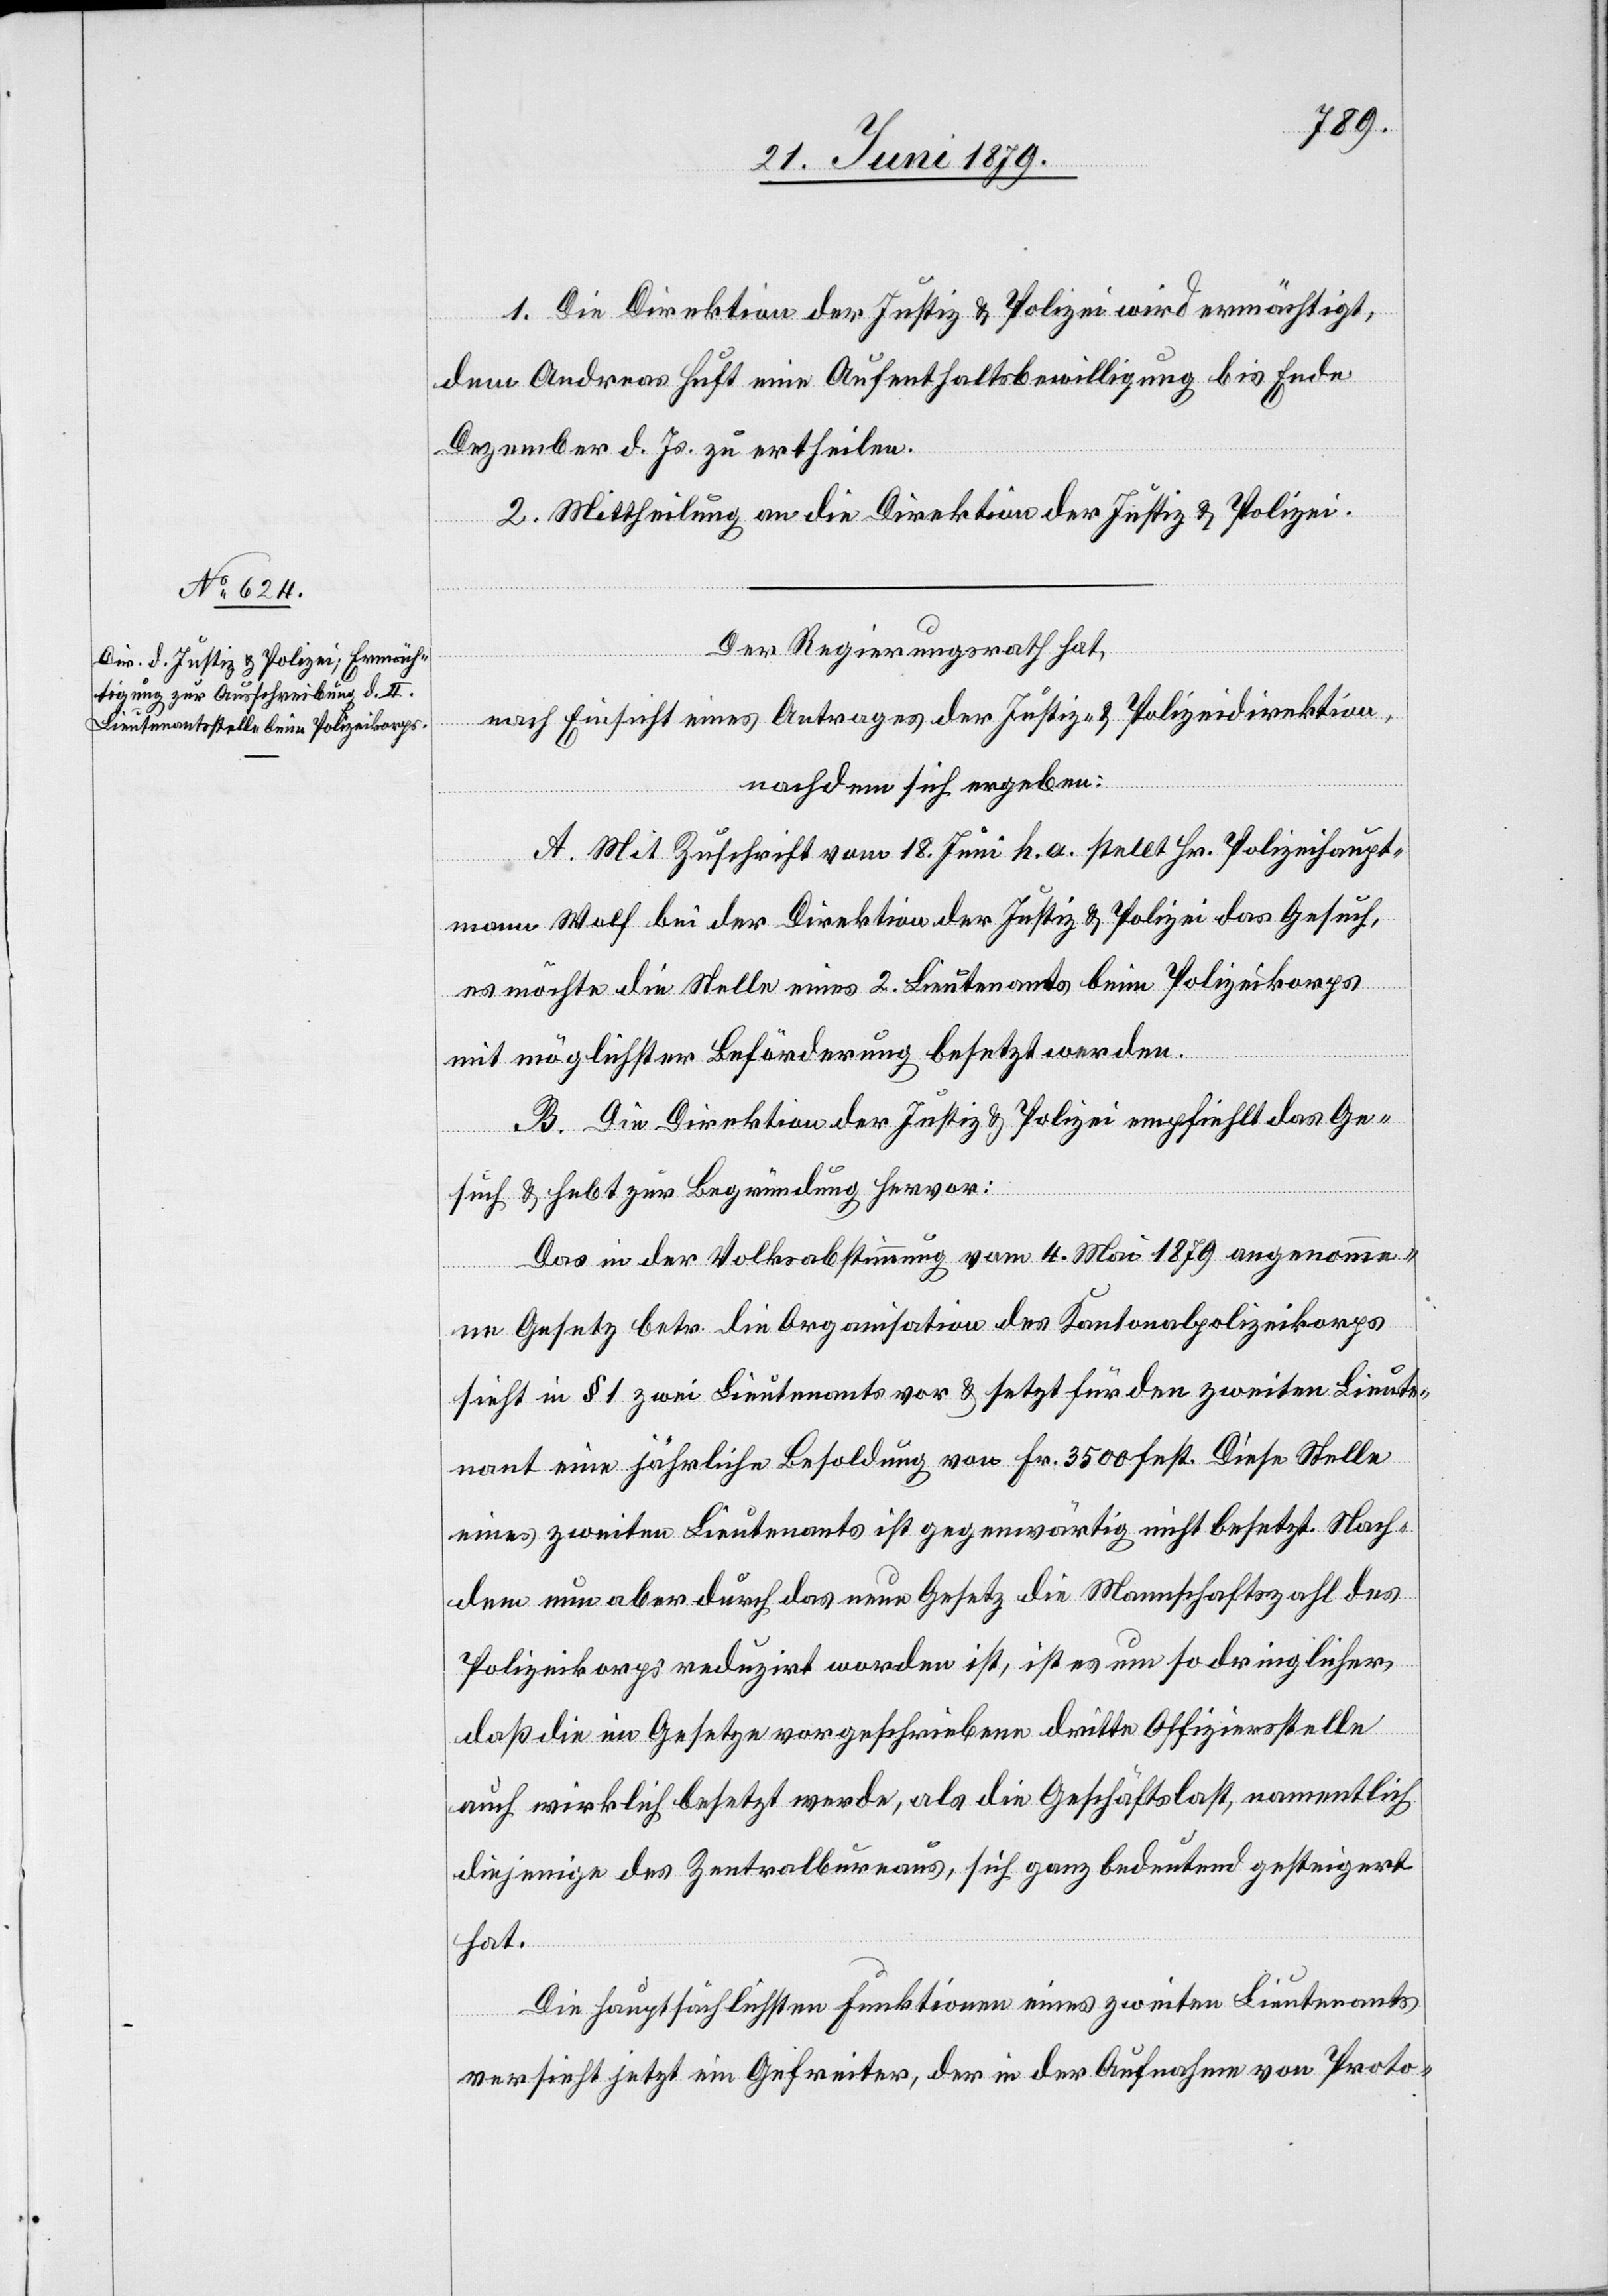
1. Die Direktion der Justiz & Polizei wird ermächtigt,
dem Andreas Huft eine Aufenthaltsbewilligung bis Ende
Dezember d. Js. zu ertheilen.
2. Mittheilung an die Direktion der Justiz & Polizei.
Der Regierungsrath hat,
nach Einsicht eines Antrages der Justiz- & Polizeidirektion,
nachdem sich ergeben:
A. Mit Zuschrift vom 18. Juni h. a. stellt Hr. Polizeihaupt¬
mann Wolf bei der Direktion der Justiz & Polizei das Gesuch,
es möchte die Stelle eines 2. Lieutenants beim Polizeikorps
mit möglichster Beförderung besetzt werden.
B. Die Direktion der Justiz & Polizei empfiehlt das Ge¬
such & hebt zur Begründung hervor:
Das in der Volksabstimmung vom 4. Mai 1879 angenomme¬
ne Gesetz betr. die Organisation des Kantonalpolizeikorps
sieht in § 1 zwei Lieutenants vor & setzt für den zweiten Lieute¬
nant eine jährliche Besoldung von Fr. 3500 fest. Diese Stelle
eines zweiten Lieutenants ist gegenwärtig nicht besetzt. Nach¬
dem nun aber durch das neue Gesetz die Mannschaftszahl des
Polizeikorps reduzirt worden ist, ist es um so dringlicher,
daß die im Gesetze vorgeschriebene dritte Offiziersstelle
auch wirklich besetzt werde, als die Geschäftslast, namentlich
diejenige des Zentralbureaus, sich ganz bedeutend gesteigert
hat.
Die hauptsächlichsten Funktionen eines zweiten Lieutenants
versieht jetzt ein Gefreiter, der in der Aufnahme von Proto-